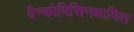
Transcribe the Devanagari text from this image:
वैन्कोमिसिनशामिल